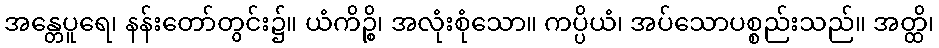
အန္တေပူရေ၊ နန်းတော်တွင်း၌။ ယံကိဉ္စိ၊ အလုံးစုံသော။ ကပ္ပိယံ၊ အပ်သောပစ္စည်းသည်။ အတ္ထိ၊